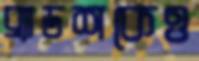
ব্র্যাডশকেও